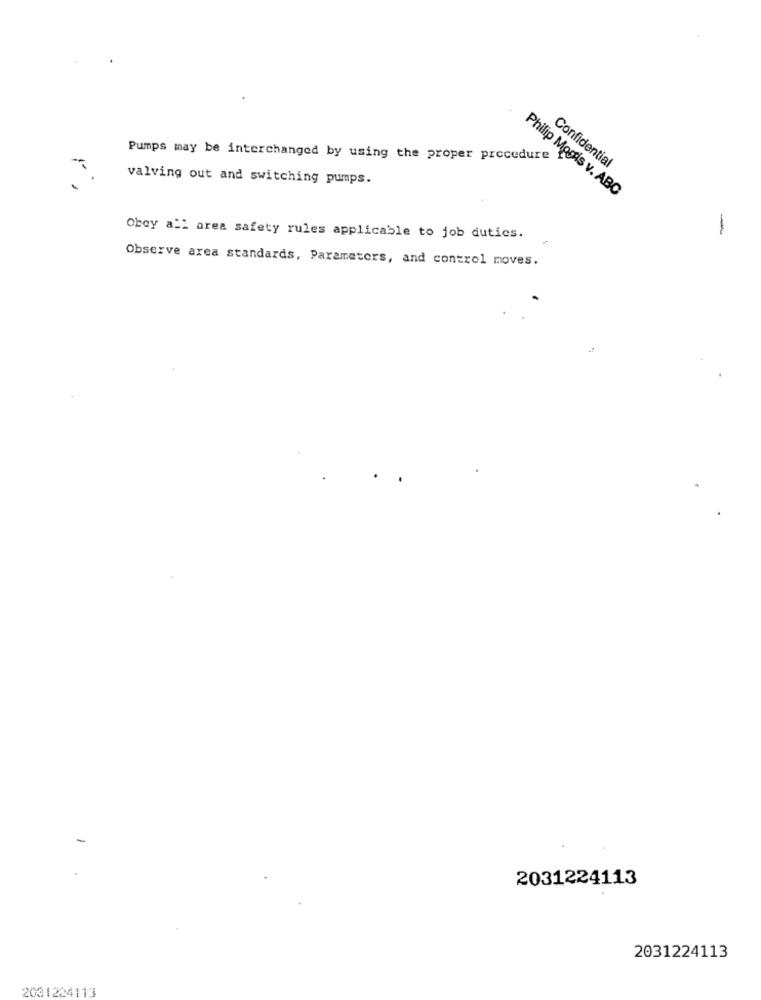
Pumps may be interchanged by using the proper procedure
Confidential
valving out and switching pumps.
Philip Morris v. ABC
-
Obey all area safety rules applicable to job duties.
Observe axea standards, Parameters, and control moves.
2031224113
2031224113
2031224113